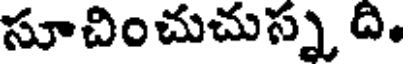
సూచించుచుస్న ది.